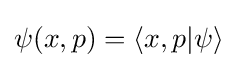
\psi (x,p)=\langle x,p|\psi \rangle